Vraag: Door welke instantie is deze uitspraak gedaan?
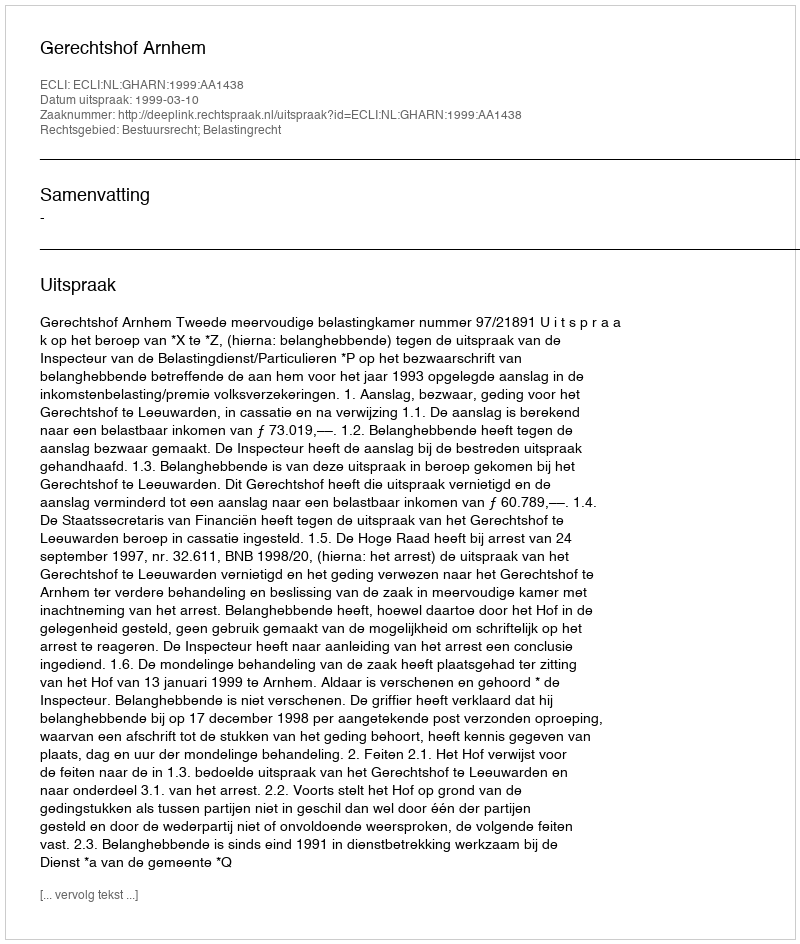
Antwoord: Gerechtshof Arnhem